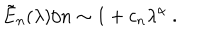
\tilde { E } _ { n } ( \lambda ) / n \sim 1 + c _ { n } \lambda ^ { \alpha } \ .